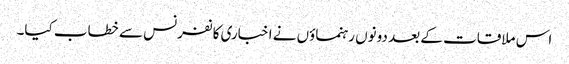
اس ملاقات کے بعد دونوں رہنماؤں نے اخباری کانفرنس سے خطاب کیا۔